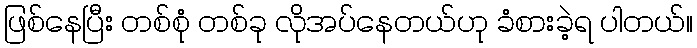
ဖြစ်နေပြီး တစ်စုံ တစ်ခု လိုအပ်နေတယ်ဟု ခံစားခဲ့ရ ပါတယ်။